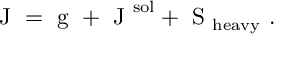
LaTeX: \mathrm { \boldmath ~ J ~ } = \mathrm { \boldmath ~ g ~ } + \mathrm { \boldmath ~ J ~ } ^ { \mathrm { s o l } } + \mathrm { \boldmath ~ S ~ } _ { \mathrm { h e a v y } } \ .